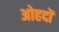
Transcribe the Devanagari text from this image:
अोहदों